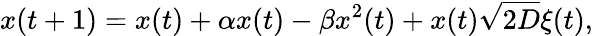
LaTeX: x(t+1)=x(t)+\alpha x(t)-\beta x^{2}(t)+x(t)\sqrt{2D}\xi(t),